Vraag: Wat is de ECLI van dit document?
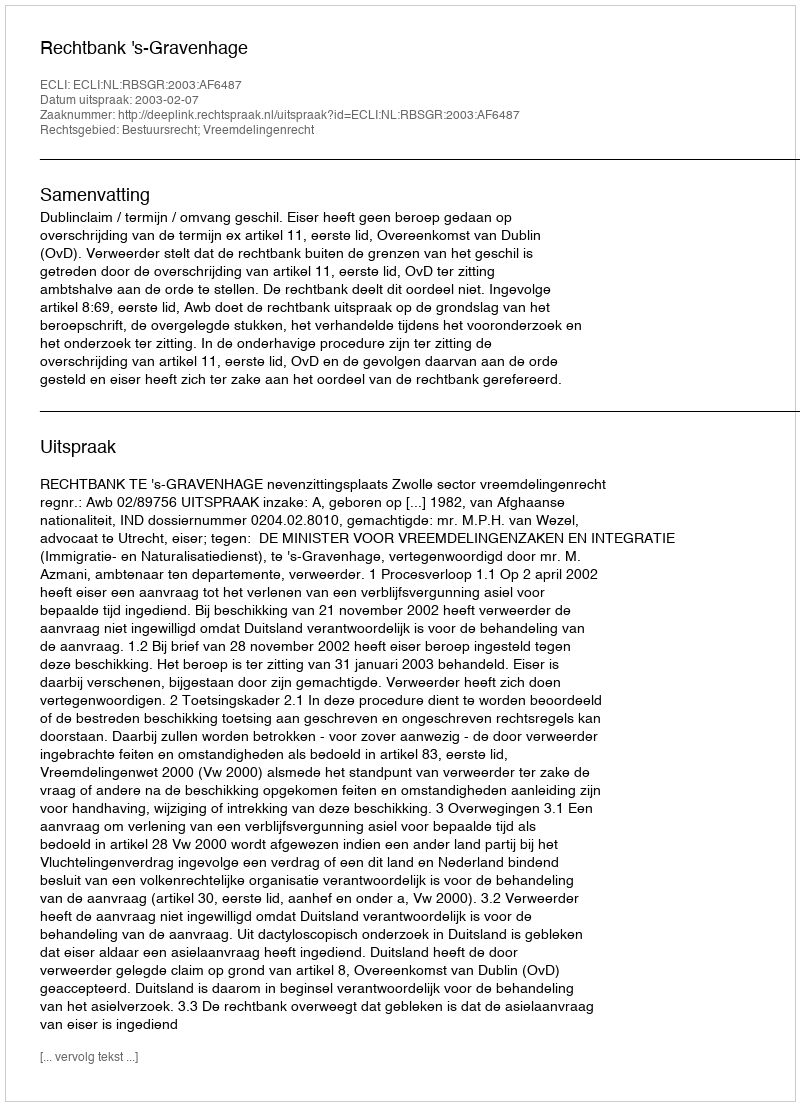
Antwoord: ECLI:NL:RBSGR:2003:AF6487